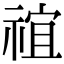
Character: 𬓇